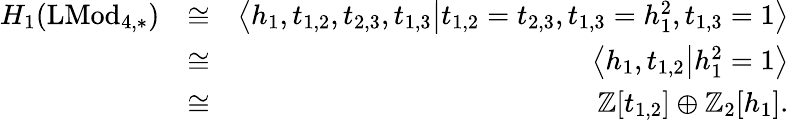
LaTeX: \begin{array}{rlr}{H_{1}(\mathrm{LMod}_{4,\ast})}&{\cong}&{\left<h_{1},t_{1,2},t_{2,3},t_{1,3}\middle|t_{1,2}=t_{2,3},t_{1,3}=h_{1}^{2},t_{1,3}=1\right>}\\ &{\cong}&{\left<h_{1},t_{1,2}\middle|h_{1}^{2}=1\right>}\\ &{\cong}&{\mathbb{Z}[t_{1,2}]\oplus\mathbb{Z}_{2}[h_{1}].}\end{array}